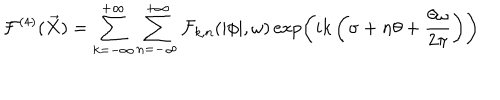
{ \cal F } ^ { ( 4 ) } ( \vec { X } ) = \sum _ { k = - \infty } ^ { + \infty } \sum _ { n = - \infty } ^ { + \infty } { \cal F } _ { k , n } ( | \phi | , \omega ) \exp \left( i k \left( \sigma + n \theta + \frac { \theta \omega } { 2 \pi } \right) \right)